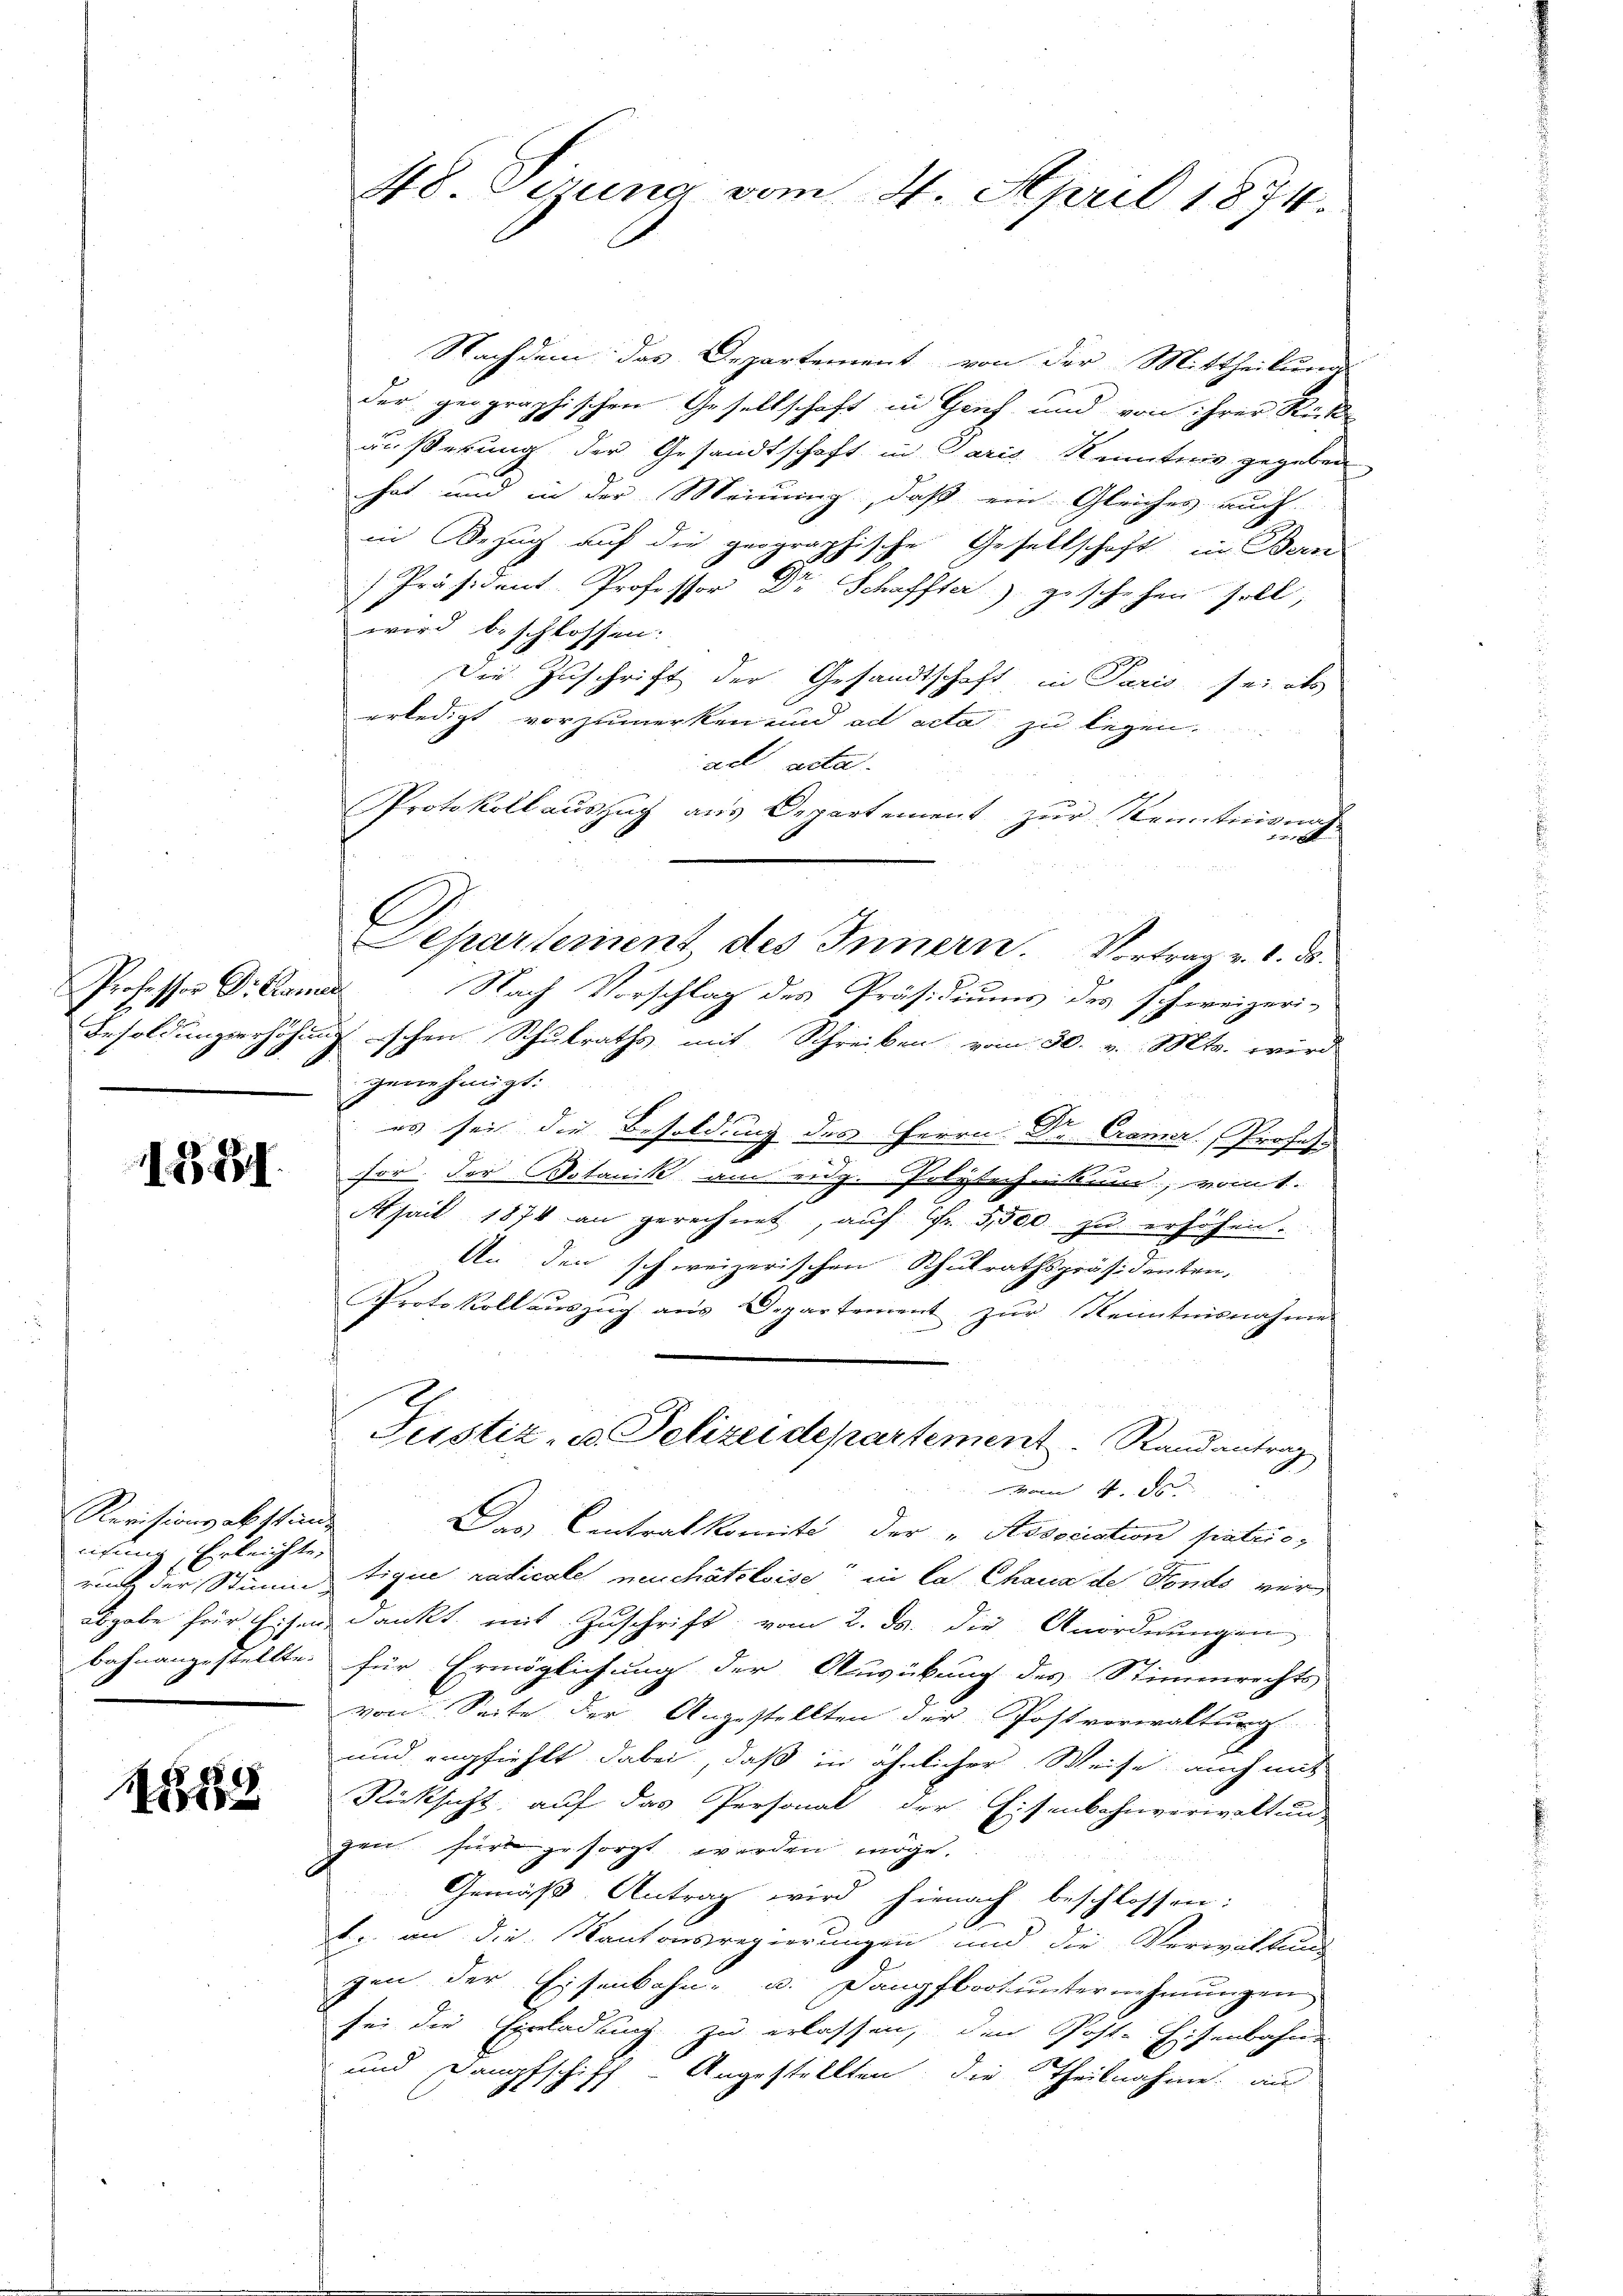
Professor Dr Kamer

1831.

Revisionsabstande
eichung Erleichte,

1389

48. Sigung vom 4. April 1874.

Nachdem das Departement von der Mittheilung
der geographischen Gesellschaft in Zeich und von ihrer Rück-
äußerung der Gesandtschaft in Paris Kenntnis gegeben
hat und in der Meinung, daß ein Gleiches auch
in Bezug auf die geographische Gesellschaft in Bern
Präsident. Professor Dr Schaffter geschehen soll,
wird beschlossen:
Die Zuschrift der Gesandtschaft in Paris sei als
erledigt vorzumerken und ad acta zu legen.
ad acta.
Protokollauszug aus Departement zur Kenntnisnah
 0 x
s
Separtement des Innern. Vortrag v. d. d.
Nach Vorschlag des Präsidiums des schweizeri-
Besoldungserhöhungschen Schulraths mit Schreiben vom 30. v. Mts. wird
genehmigt.
es sei die Besoldung des Herrn Dr. Cramer. Profess
.
.
sor. Der Dotanik am eidg. Polytechnikum, rout.
April 1874 an gerechnet, auf Fr. 3,500 zu erhöhen.
An den schweizerischen Schulrathspräsidenten,
Protokoll auszug aus Departement zur Kenntnisnahme
Justiz- u. Polizeidepartement. Randantrag
vom 4
.
Das Centralkomite der „Association sintric
ruch der Stimmtique radicale meuchâteloise“ in la Chaux de Fonds verabgabe für Eisen dankt mit Zuschrift vom 2. ds. die Anordnungen
bahnangestellte. für Ermöglichung der Ausübung des Stimmrechts-
von Seite der Angestellten der Postverwaltung
und empfiehlt dabei, daß in ähnlicher Weise, auch mit
Rücksicht auf das Personal der Eisenbahnverwaltung
zei für gesorgt werden möge.
Gemäß Antrag wird hienach beschlossen:
1. an die Kantonsregierungen und die Verwaltung
gen der Eisenbahn- u. Dampfboot unternehmungen
sei die Einladung zu erlassen, den Post-Eisenbahne
und Dampfschiff-Angestellten, die Theilnahme an